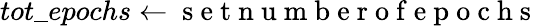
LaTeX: tot\_ epochs\gets\mathrm{~s~e~t~n~u~m~b~e~r~o~f~e~p~o~c~h~s~}